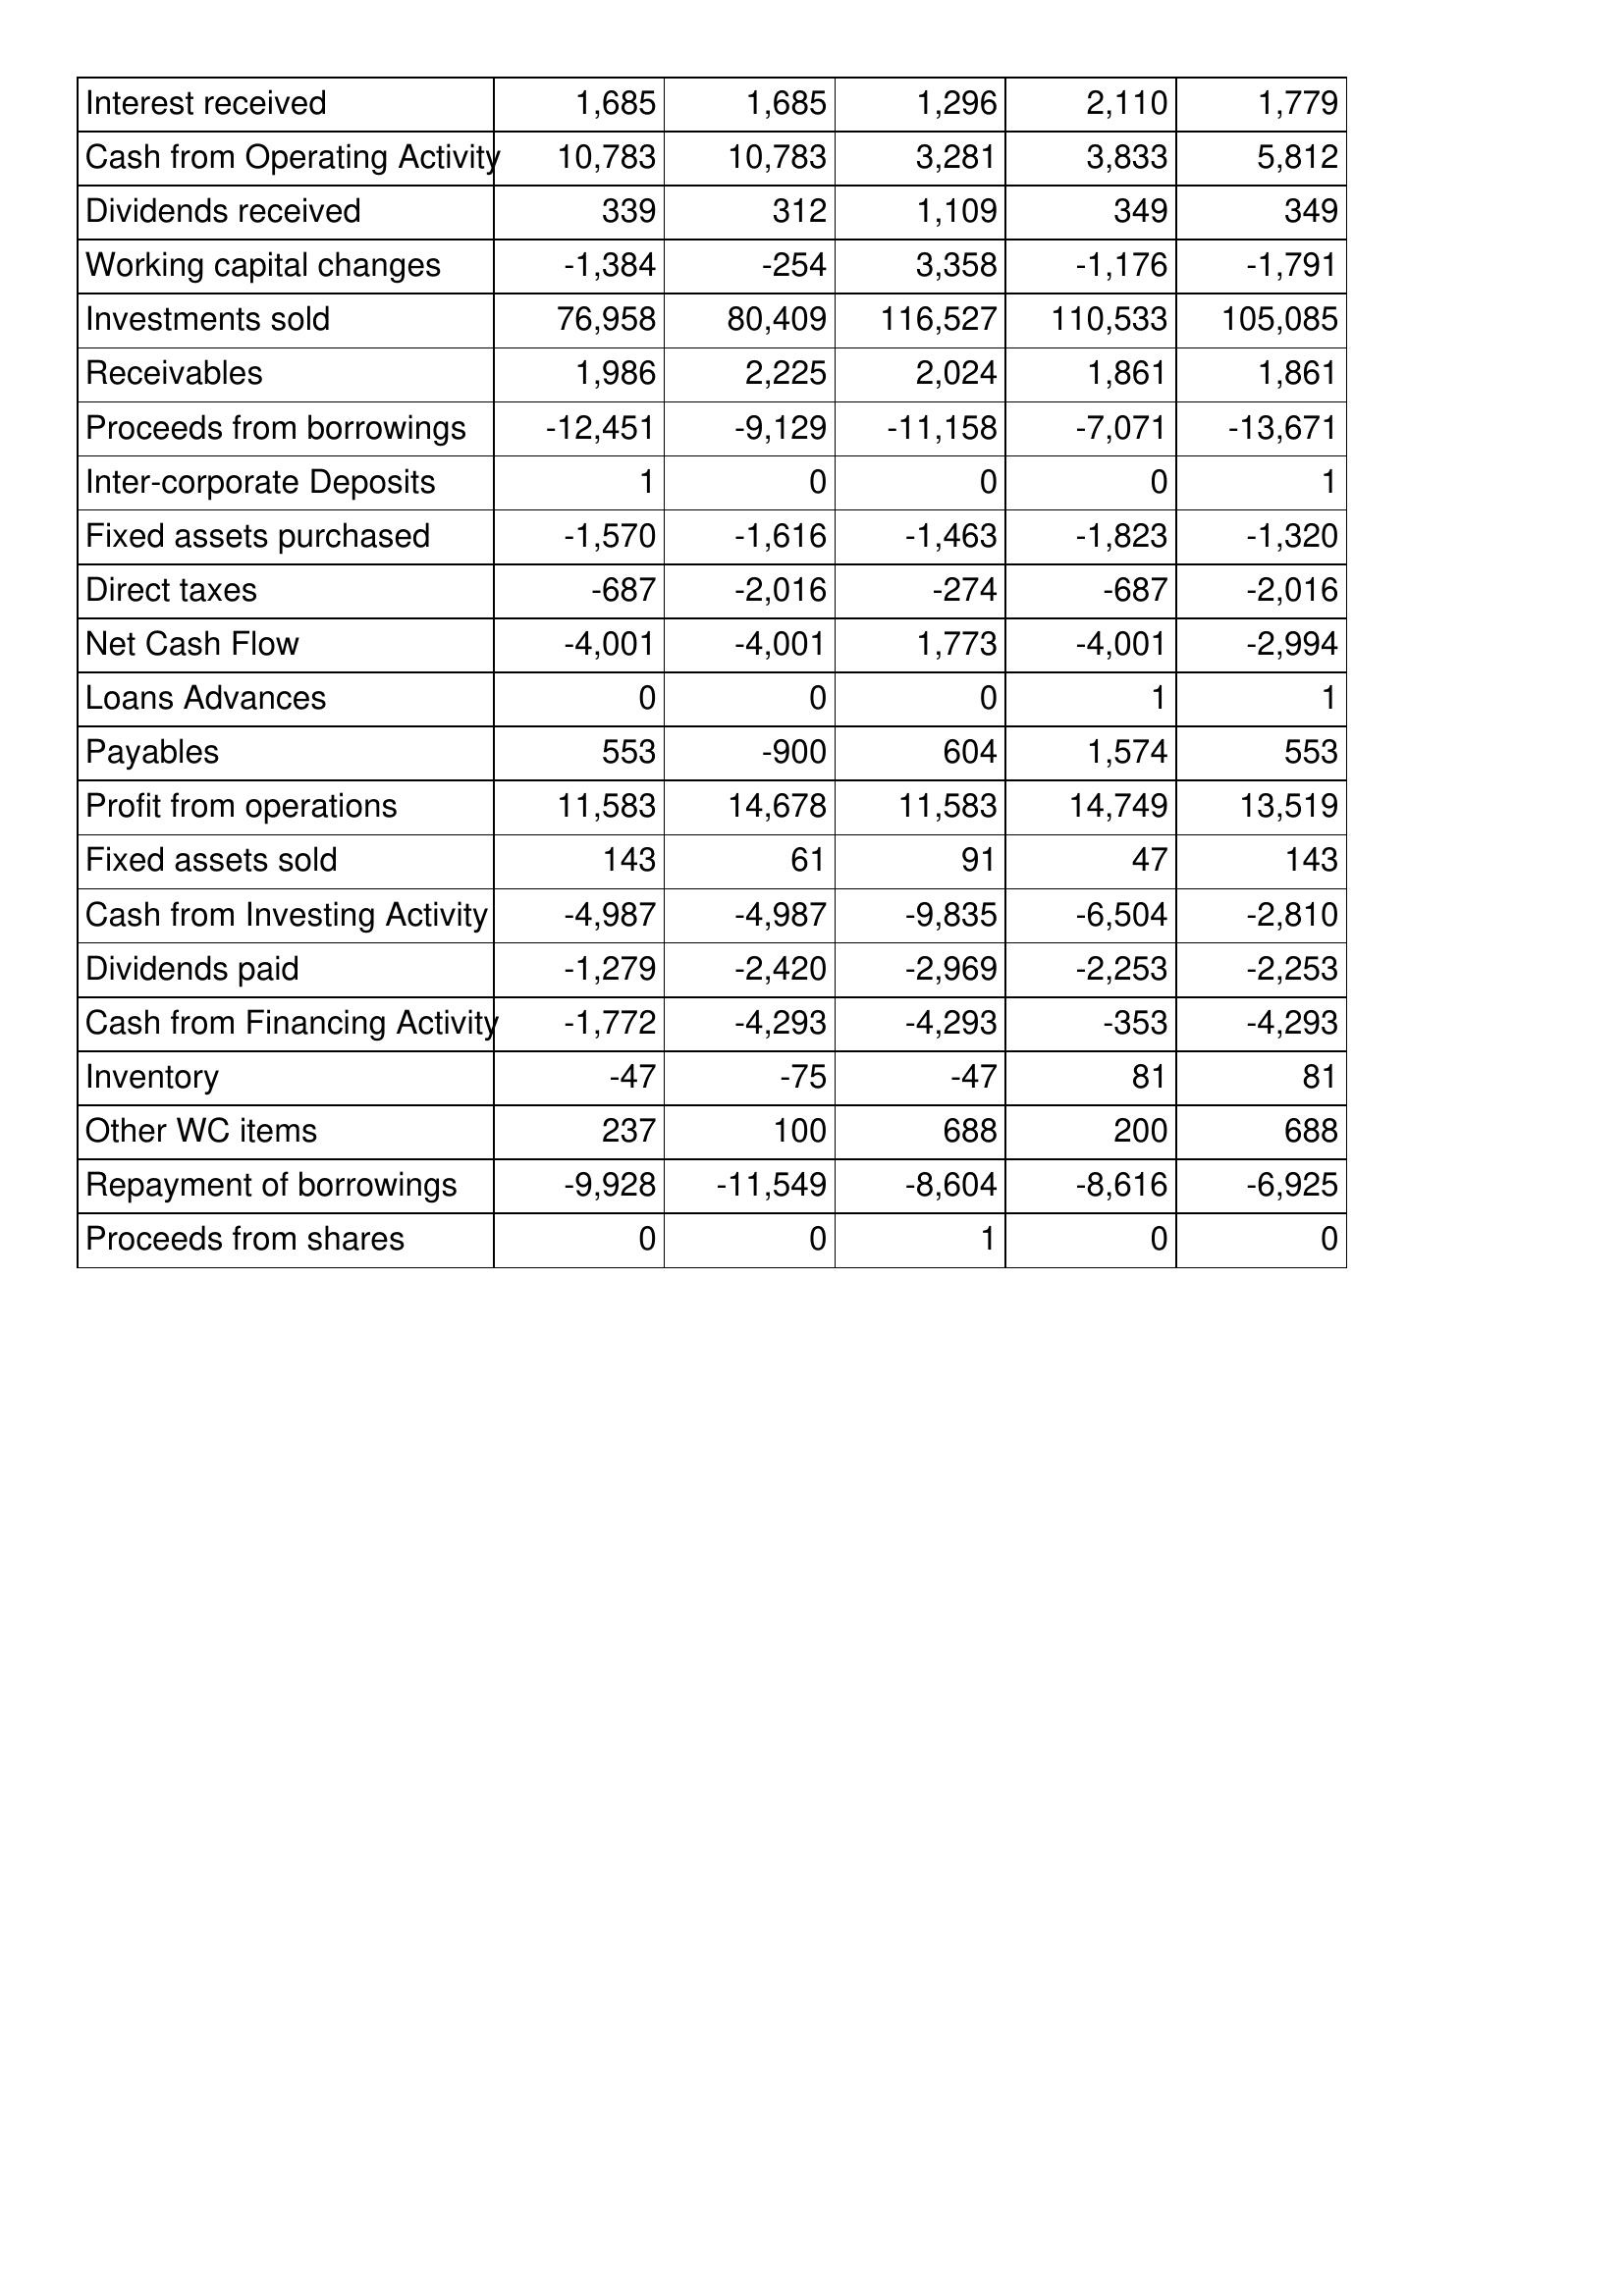
Apr-04: Cash Flows: Interest received: 1,685
Cash from Operating Activity: 10,783
Dividends received: 339
Working capital changes: -1,384
Investments sold: 76,958
Receivables: 1,986
Proceeds from borrowings: -12,451
Inter-corporate Deposits: 1
Fixed assets purchased: -1,570
Direct taxes: -687
Net Cash Flow: -4,001
Loans Advances: 0
Payables: 553
Profit from operations: 11,583
Fixed assets sold: 143
Cash from Investing Activity: -4,987
Dividends paid: -1,279
Cash from Financing Activity: -1,772
Inventory: -47
Other WC items: 237
Repayment of borrowings: -9,928
Proceeds from shares: 0
Apr-03: Cash Flows: Interest received: 1,685
Cash from Operating Activity: 10,783
Dividends received: 312
Working capital changes: -254
Investments sold: 80,409
Receivables: 2,225
Proceeds from borrowings: -9,129
Inter-corporate Deposits: 0
Fixed assets purchased: -1,616
Direct taxes: -2,016
Net Cash Flow: -4,001
Loans Advances: 0
Payables: -900
Profit from operations: 14,678
Fixed assets sold: 61
Cash from Investing Activity: -4,987
Dividends paid: -2,420
Cash from Financing Activity: -4,293
Inventory: -75
Other WC items: 100
Repayment of borrowings: -11,549
Proceeds from shares: 0
Apr-02: Cash Flows: Interest received: 1,296
Cash from Operating Activity: 3,281
Dividends received: 1,109
Working capital changes: 3,358
Investments sold: 116,527
Receivables: 2,024
Proceeds from borrowings: -11,158
Inter-corporate Deposits: 0
Fixed assets purchased: -1,463
Direct taxes: -274
Net Cash Flow: 1,773
Loans Advances: 0
Payables: 604
Profit from operations: 11,583
Fixed assets sold: 91
Cash from Investing Activity: -9,835
Dividends paid: -2,969
Cash from Financing Activity: -4,293
Inventory: -47
Other WC items: 688
Repayment of borrowings: -8,604
Proceeds from shares: 1
Apr-01: Cash Flows: Interest received: 2,110
Cash from Operating Activity: 3,833
Dividends received: 349
Working capital changes: -1,176
Investments sold: 110,533
Receivables: 1,861
Proceeds from borrowings: -7,071
Inter-corporate Deposits: 0
Fixed assets purchased: -1,823
Direct taxes: -687
Net Cash Flow: -4,001
Loans Advances: 1
Payables: 1,574
Profit from operations: 14,749
Fixed assets sold: 47
Cash from Investing Activity: -6,504
Dividends paid: -2,253
Cash from Financing Activity: -353
Inventory: 81
Other WC items: 200
Repayment of borrowings: -8,616
Proceeds from shares: 0
Apr-00: Cash Flows: Interest received: 1,779
Cash from Operating Activity: 5,812
Dividends received: 349
Working capital changes: -1,791
Investments sold: 105,085
Receivables: 1,861
Proceeds from borrowings: -13,671
Inter-corporate Deposits: 1
Fixed assets purchased: -1,320
Direct taxes: -2,016
Net Cash Flow: -2,994
Loans Advances: 1
Payables: 553
Profit from operations: 13,519
Fixed assets sold: 143
Cash from Investing Activity: -2,810
Dividends paid: -2,253
Cash from Financing Activity: -4,293
Inventory: 81
Other WC items: 688
Repayment of borrowings: -6,925
Proceeds from shares: 0